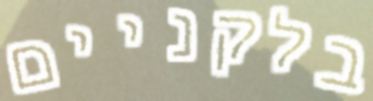
בלקניים